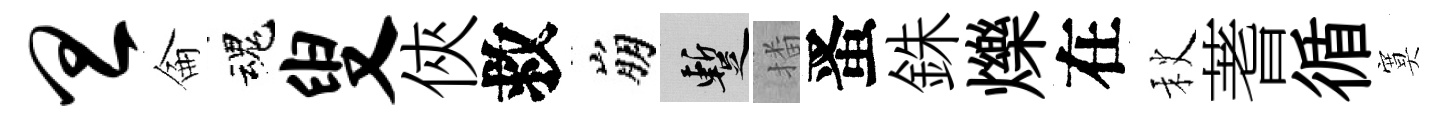
旦侖魂叟俠救崩暫播󱉠銖爍在秋蓍循寞